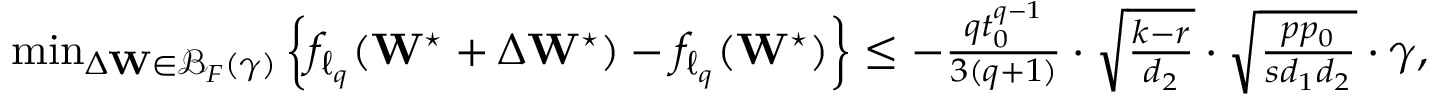
\begin{array} { r } { \operatorname* { m i n } _ { \Delta \mathbf { W } \in \mathcal { B } _ { F } ( \gamma ) } \left\{ f _ { \ell _ { q } } ( \mathbf { W } ^ { \star } + \Delta \mathbf { W } ^ { \star } ) - f _ { \ell _ { q } } ( \mathbf { W } ^ { \star } ) \right\} \leq - \frac { q t _ { 0 } ^ { q - 1 } } { 3 ( q + 1 ) } \cdot \sqrt { \frac { k - r } { d _ { 2 } } } \cdot \sqrt { \frac { p p _ { 0 } } { s d _ { 1 } d _ { 2 } } } \cdot \gamma , } \end{array}